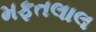
મફતલાલ